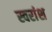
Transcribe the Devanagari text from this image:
स्वरांश